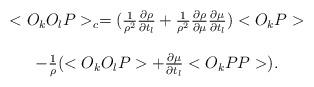
LaTeX: \begin{align*}\begin{array}{c}<O_{k}O_{l}P>_{c} = ( \frac{1}{\rho ^{2}} \frac{\partial \rho}{\partial t_{l}} + \frac{1}{\rho ^{2}} \frac{\partial \rho}{\partial \mu} \frac{\partial \mu}{\partial t_{l}} )<O_{k}P> \\ \\- \frac{1}{\rho} (<O_{k}O_{l}P> + \frac{\partial \mu}{\partial t_{l}}<O_{k} PP>). \end{array}\end{align*}